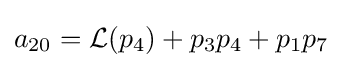
a_{20}={\mathcal {L}}(p_{4})+p_{3}p_{4}+p_{1}p_{7}